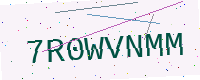
Text: 7R0WVNMM